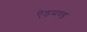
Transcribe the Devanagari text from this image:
ऐडमण्ड